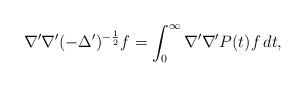
LaTeX: \begin{align*}\nabla' \nabla' (-\Delta')^{-\frac12} f = \int_0^\infty \nabla' \nabla' P (t) f \, d t,\end{align*}